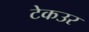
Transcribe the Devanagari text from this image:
टेकउर